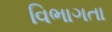
વિભાગતા